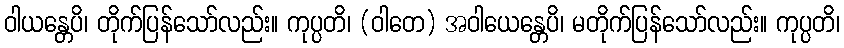
ဝါယန္တေပိ၊ တိုက်ပြန်သော်လည်း။ ကုပ္ပတိ၊ (ဝါတေ) အဝါယေန္တေပိ၊ မတိုက်ပြန်သော်လည်း။ ကုပ္ပတိ၊